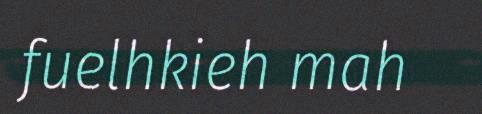
fuelhkieh mah